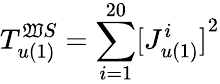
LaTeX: T_{u(1)}^{\mathfrak{W}S}={\sum_{i=1}^{20}}{[J_{u(1)}^{i}]}^{2}